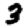
Digit: 3